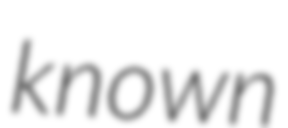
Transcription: known